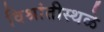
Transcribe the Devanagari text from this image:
विश्रांतीस्थळे